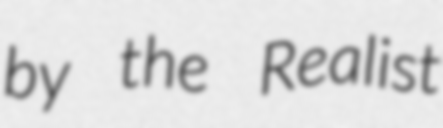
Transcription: by the Realist